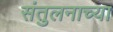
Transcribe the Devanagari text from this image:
संतुलनाच्या